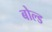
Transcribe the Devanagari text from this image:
बोल्‍ड